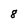
Character: 8